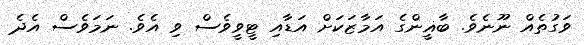
ވަގުތެއް ނޫނެވެ. ބާޣީންގެ އަމާޒަކަށް އަޑާއި ޓީވީވެސް ވި އެވެ. ނަމަވެސް އެދެ